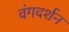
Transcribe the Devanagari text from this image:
वंगदर्शन